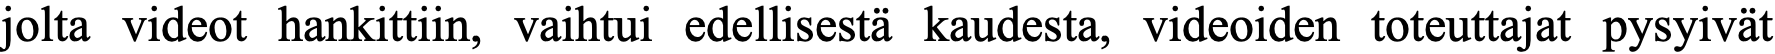
jolta videot hankittiin, vaihtui edellisestä kaudesta, videoiden toteuttajat pysyivät